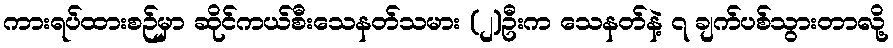
ကားရပ်ထားစဉ်မှာ ဆိုင်ကယ်စီးသေနတ်သမား (၂)ဦးက သေနတ်နဲ့ ၇ ချက်ပစ်သွားတာလို့